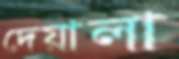
দেয়ালা